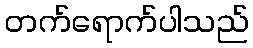
တက်ရောက်ပါသည်